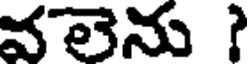
వలెను ?